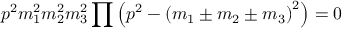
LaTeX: p ^ { 2 } m _ { 1 } ^ { 2 } m _ { 2 } ^ { 2 } m _ { 3 } ^ { 2 } \prod \left( p ^ { 2 } - \left( m _ { 1 } \pm m _ { 2 } \pm m _ { 3 } \right) ^ { 2 } \right) = 0